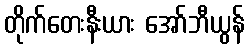
တိုက်တေးနီးယား အော်ဘီယွန်